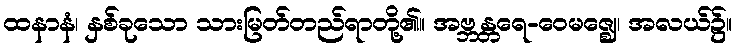
ထနာနံ၊ နှစ်ခုသော သားမြတ်တည်ရာတို့၏။ အဗ္ဘန္တရေ-ဝေမဇ္ဈေ၊ အလယ်၌။